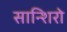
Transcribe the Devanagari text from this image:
सान्शिरो